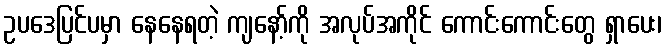
ဥပဒေပြင်ပမှာ နေနေရတဲ့ ကျနော့်ကို အလုပ်အကိုင် ကောင်းကောင်းတွေ ရှာပေး၊